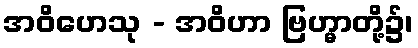
အဝိဟေသု - အဝိဟာ ဗြဟ္မာတို့၌၊